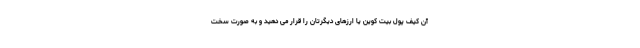
آن کیف پول بیت کوین یا ارزهای دیگرتان را قرار می دهید و به صورت سخت